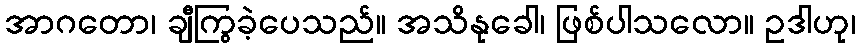
အာဂတော၊ ချီကြွခဲ့ပေသည်။ အသိနုခေါ၊ ဖြစ်ပါသလော။ ဥဒါဟု၊